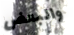
والبعض